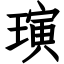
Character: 璌